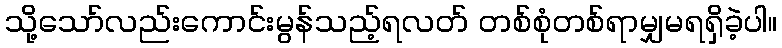
သို့သော်လည်းကောင်းမွန်သည့်ရလတ် တစ်စုံတစ်ရာမျှမရရှိခဲ့ပါ။